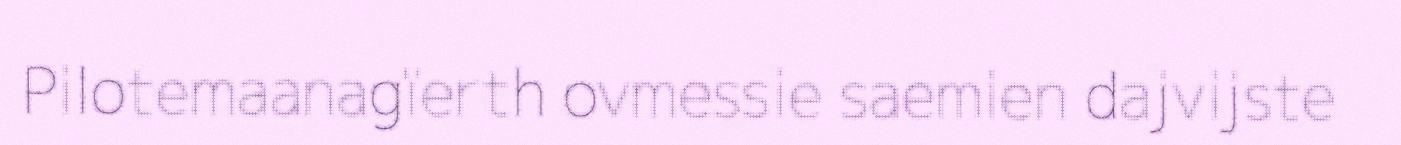
Pilotemaanagïerth ovmessie saemien dajvijste